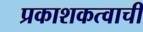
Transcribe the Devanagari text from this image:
प्रकाशकत्वाची